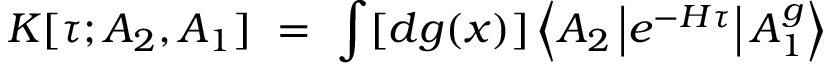
K [ \tau ; A _ { 2 } , A _ { 1 } ] ~ = ~ \int [ d g ( x ) ] \left< A _ { 2 } \left| e ^ { - H \tau } \right| A _ { 1 } ^ { g } \right>